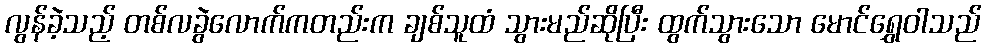
လွန်ခဲ့သည့် တစ်လခွဲလောက်ကတည်းက ချစ်သူထံ သွားမည်ဆိုပြီး ထွက်သွားသော မောင်ရွှေဝါသည်